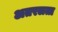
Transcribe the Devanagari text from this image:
अतरलता